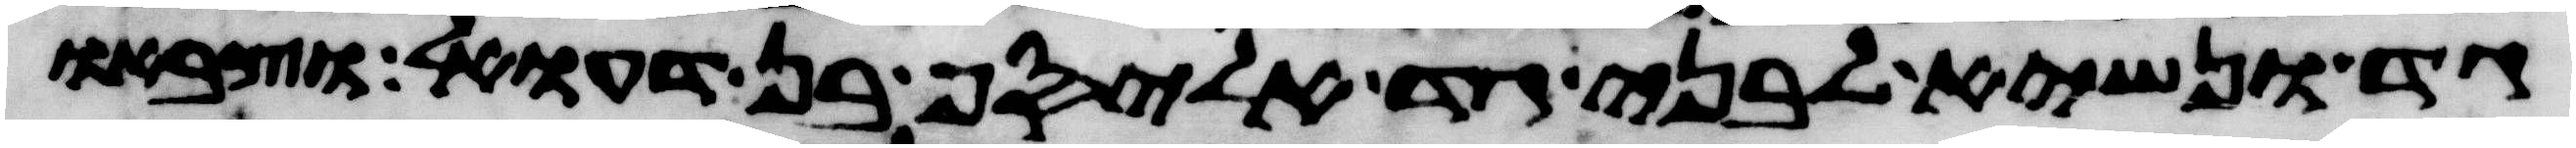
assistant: גד ונשיא לבני גד אליסף בן דעואל וצבאו